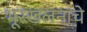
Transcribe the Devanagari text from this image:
भूस्खलनाचे